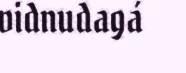
vidnudagá